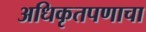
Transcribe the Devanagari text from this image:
अधिकृतपणाचा